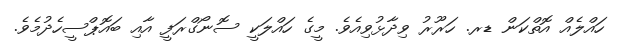
ހައްލެއް އޮތްކަން ޑރ. ހަރޫރު ވިދާޅުވިއެވެ. މީގެ ހައްލަކީ ސޮނޯގްރަފީ އާއި ބައޮޕްސީހެދުމެވެ.